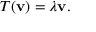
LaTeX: T ( \mathbf { v } ) = \lambda \mathbf { v } .